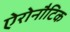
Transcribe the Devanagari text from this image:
ऐरोनौटिक